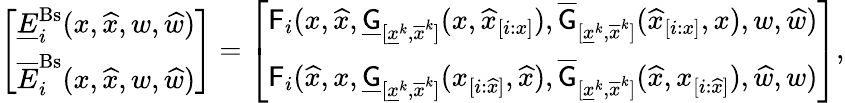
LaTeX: \begin{array}{r}{\left[\begin{array}{l}{\underline{{E}}_{i}^{\mathrm{Bs}}(x,\widehat{x},w,\widehat{w})}\\ {\overline{{E}}_{i}^{\mathrm{Bs}}(x,\widehat{x},w,\widehat{w})}\end{array}\right]=\left[\begin{array}{l}{\mathsf{F}_{i}(x,\widehat{x},\underline{{\mathsf{G}}}_{[\underline{{x}}^{k},\overline{{x}}^{k}]}(x,\widehat{x}_{[i:x]}),\overline{{\mathsf{G}}}_{[\underline{{x}}^{k},\overline{{x}}^{k}]}(\widehat{x}_{[i:x]},x),w,\widehat{w})}\\ {\mathsf{F}_{i}(\widehat{x},x,\underline{{\mathsf{G}}}_{[\underline{{x}}^{k},\overline{{x}}^{k}]}(x_{[i:\widehat{x}]},\widehat{x}),\overline{{\mathsf{G}}}_{[\underline{{x}}^{k},\overline{{x}}^{k}]}(\widehat{x},x_{[i:\widehat{x}]}),\widehat{w},w)}\end{array}\right],}\end{array}